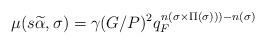
LaTeX: \begin{align*}\mu(s\widetilde{\alpha},\sigma)=\gamma(G/P)^2q_F^{n(\sigma \times \Pi(\sigma)))-n(\sigma)}\end{align*}